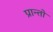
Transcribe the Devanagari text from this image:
प्रान्‍तो